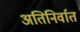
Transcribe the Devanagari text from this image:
अतिनिर्वात